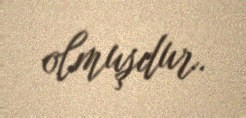
olmuşdur.